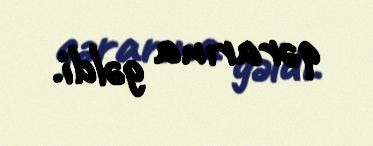
qərarına gəldi.